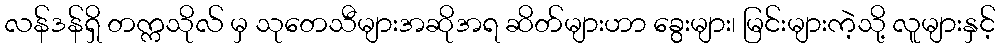
လန်ဒန်ရှိ တက္ကသိုလ် မှ သုတေသီများအဆိုအရ ဆိတ်များဟာ ခွေးများ၊ မြင်းများကဲ့သို့ လူများနှင့်